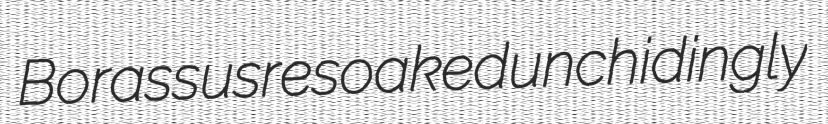
Borassus resoaked unchidingly